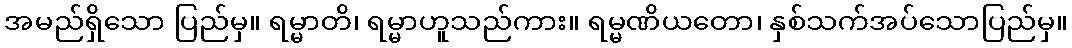
အမည်ရှိသော ပြည်မှ။ ရမ္မာတိ၊ ရမ္မာဟူသည်ကား။ ရမ္မဏိယတော၊ နှစ်သက်အပ်သောပြည်မှ။